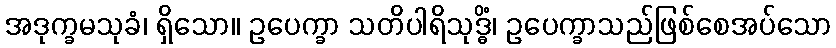
အဒုက္ခမသုခံ၊ ရှိသော။ ဥပေက္ခာ သတိပါရိသုဒ္ဓိံ၊ ဥပေက္ခာသည်ဖြစ်စေအပ်သော